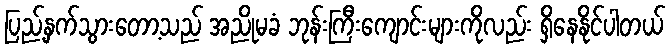
ပြည့်နှက်သွားတော့သည် အညိုမခံ ဘုန်းကြီးကျောင်းများကိုလည်း ရှိနေနိုင်ပါတယ်